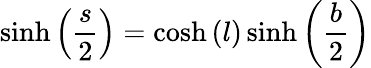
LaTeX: \sinh\left({\frac{s}{2}}\right)=\cosh\left(l\right)\sinh\left({\frac{b}{2}}\right)